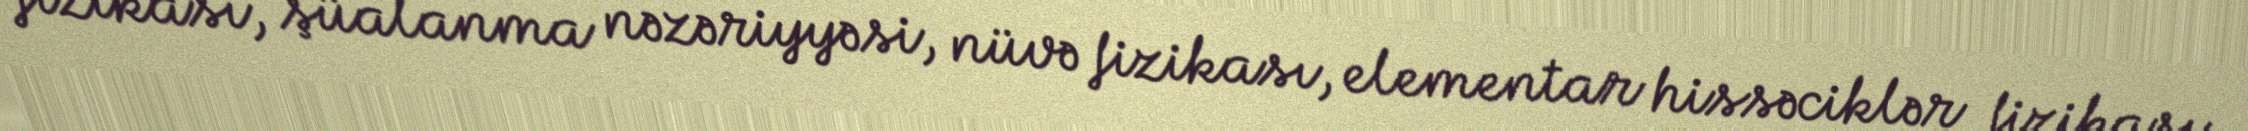
fizikası, şüalanma nəzəriyyəsi, nüvə fizikası, elementar hissəciklər fizikası,